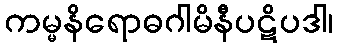
ကမ္မနိရောဓဂါမိနီပဋိပဒါ၊